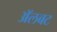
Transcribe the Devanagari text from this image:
अॅलबट